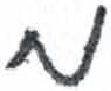
אות: מ